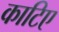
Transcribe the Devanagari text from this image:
काटिए